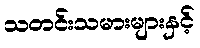
သတင်းသမားများနှင့်